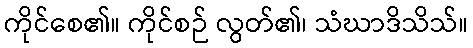
ကိုင်စေ၏။ ကိုင်စဉ် လွတ်၏၊ သံဃာဒိသိသ်။